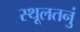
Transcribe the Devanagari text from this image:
स्थूलतनुं